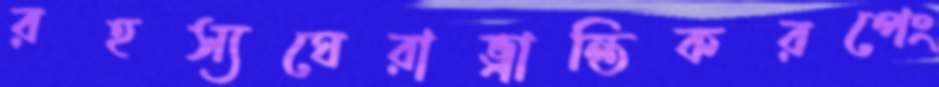
রহস্যঘেরাভ্রান্তিকরপেং